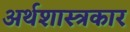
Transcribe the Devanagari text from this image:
अर्थशास्त्रकार